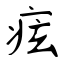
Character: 痃